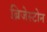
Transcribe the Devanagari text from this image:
ब्रिजेस्टोन